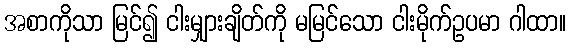
အစာကိုသာ မြင်၍ ငါးမျှားချိတ်ကို မမြင်သော ငါးမိုက်ဥပမာ ဂါထာ။